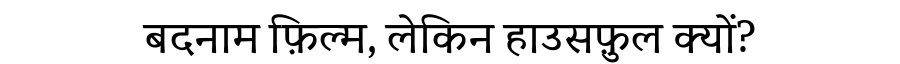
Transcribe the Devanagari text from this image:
बदनाम फ़िल्म, लेकिन हाउसफ़ुल क्यों?